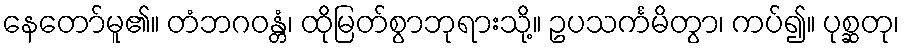
နေတော်မူ၏။ တံဘဂဝန္တံ၊ ထိုမြတ်စွာဘုရားသို့။ ဥပသင်္ကမိတွာ၊ ကပ်၍။ ပုစ္ဆတု၊